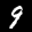
Label: 9